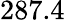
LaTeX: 287.4